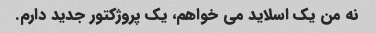
نه من یک اسلاید می خواهم، یک پروژکتور جدید دارم.